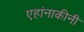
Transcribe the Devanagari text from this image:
एहांनाकीनी